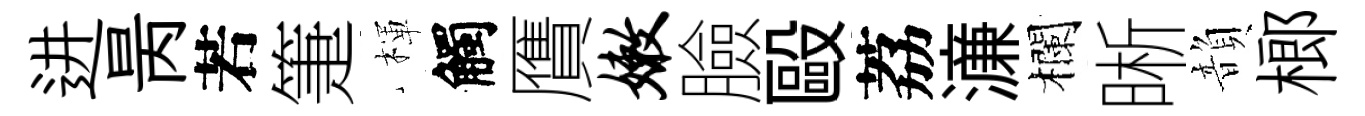
进昺若箑楎觸贋嫩臉毆荔濓欄晰韻榔